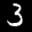
Label: 3